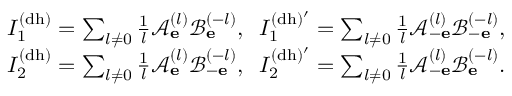
\begin{array} { r } { I _ { 1 } ^ { \mathrm { ( d h ) } } = \sum _ { l \neq 0 } \frac { 1 } { l } \mathcal { A } _ { \bf e } ^ { ( l ) } \mathcal { B } _ { \bf e } ^ { ( - l ) } , \; \; I _ { 1 } ^ { \mathrm { ( d h ) ^ { \prime } } } = \sum _ { l \neq 0 } \frac { 1 } { l } \mathcal { A } _ { - \bf e } ^ { ( l ) } \mathcal { B } _ { - \bf e } ^ { ( - l ) } , } \\ { I _ { 2 } ^ { \mathrm { ( d h ) } } = \sum _ { l \neq 0 } \frac { 1 } { l } \mathcal { A } _ { \bf e } ^ { ( l ) } \mathcal { B } _ { - \bf e } ^ { ( - l ) } , \; \; I _ { 2 } ^ { \mathrm { ( d h ) ^ { \prime } } } = \sum _ { l \neq 0 } \frac { 1 } { l } \mathcal { A } _ { - \bf e } ^ { ( l ) } \mathcal { B } _ { \bf e } ^ { ( - l ) } . } \end{array}